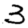
Digit: 3